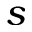
s